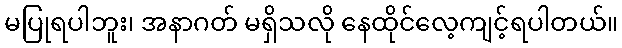
မပြုရပါဘူး၊ အနာဂတ် မရှိသလို နေထိုင်လေ့ကျင့်ရပါတယ်။